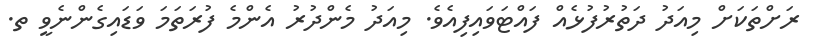
ރަށްތަކަށް މިއަދު ދަތުރުފުޅެއް ފައްޓަވައިފިއެވެ. މިއަދު މެންދުރު އެންމެ ފުރަތަމަ ވަޑައިގެންނެވީ ތ.